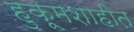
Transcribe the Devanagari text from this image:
हुकूमशाहीत